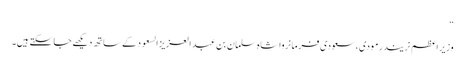
“
وزیراعظم نریندرمودی، سعودی فرمانروا شاہ سلمان بن عبد العزیزالسعود کے ساتھ دیکھے جاسکتے ہیں۔